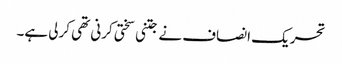
تحریک انصاف نے جتنی سختی کرنی تھی کرلی ہے۔